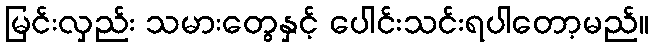
မြင်းလှည်း သမားတွေနှင့် ပေါင်းသင်းရပါတော့မည်။